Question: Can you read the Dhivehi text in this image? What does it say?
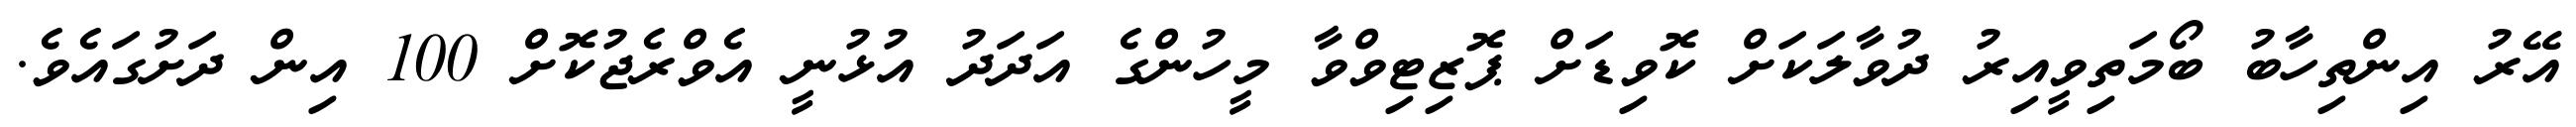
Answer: އޭރު އިންތިހާބު ބޯމަތިވީއިރު ދުވާލަކަށް ކޮވިޑަށް ޕޮޒިޓިވްވާ މީހުންގެ އަދަދު އުޅުނީ އެވްރެޖުކޮށް 100 އިން ދަށުގައެވެ.